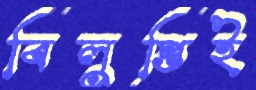
বিলুপ্তিই